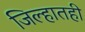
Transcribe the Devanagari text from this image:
जिल्हातही